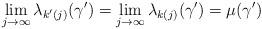
LaTeX: \begin{align*}\lim\limits_{j\to\infty} \lambda_{k'(j)}(\gamma')=\lim\limits_{j\to\infty} \lambda_{k(j)}(\gamma')=\mu(\gamma')\end{align*}